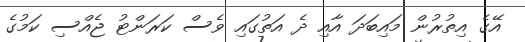
އޭގެ އިތުރުން މައިބަދަ އާއި ދެ އަތުގައި ވެސް ކަރަންޓު ޖެއްސި ކަމުގެ